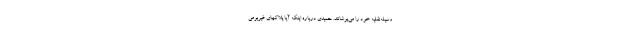
وسیله‌نقلیه خود را می‌پوشانند. حمیدی درباره اینکه آیا پلاکهای غیربومی